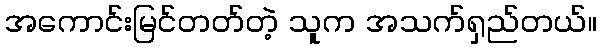
အကောင်းမြင်တတ်တဲ့ သူက အသက်ရှည်တယ်။